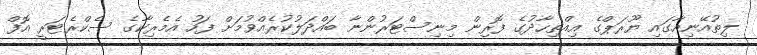
ލިތުއޭނިއާގައި ޔޫރަޕްގެ އިއްތިހާދުގެ ފޮރިން މިނިސްޓަރުންނާ ބައްދަލުކުރެއްވުމަށް ފަހު އެމެރިކާގެ ސެކްރެޓަރީ އޮފް